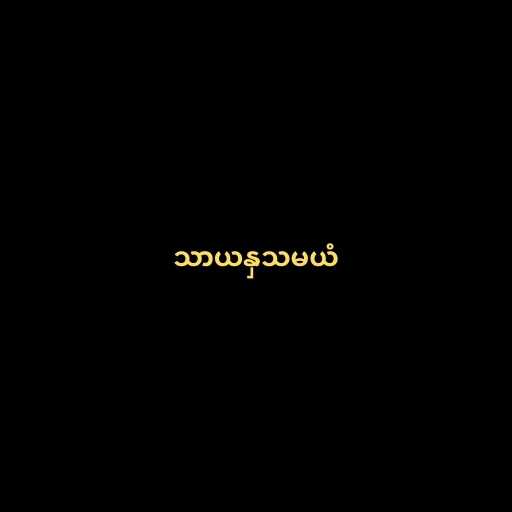
သာယနှသမယံ